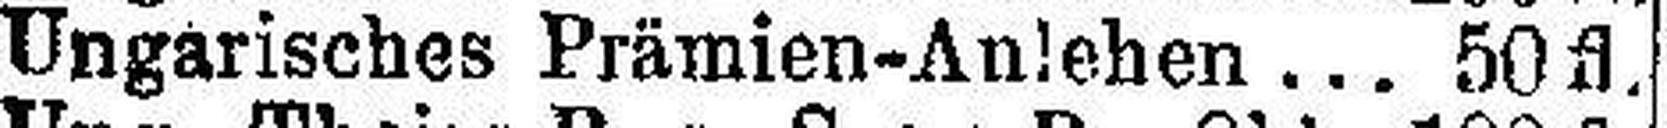
Ungarisches Prämien-Anlehen ... 50fl.